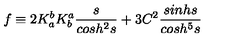
f \equiv 2 K _ { a } ^ { b } K _ { b } ^ { a } \frac { s } { c o s h ^ { 2 } s } + 3 C ^ { 2 } \frac { s i n h s } { c o s h ^ { 5 } s }